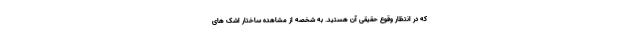
که در انتظار وقوع حقیقی آن هستید. به شخصه از مشاهده ساختار اشک های